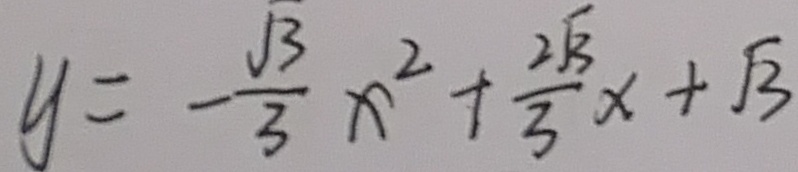
y = - \frac { \sqrt { 3 } } { 3 } x ^ { 2 } + \frac { 2 \sqrt { 3 } } { 3 } x + \sqrt { 3 }